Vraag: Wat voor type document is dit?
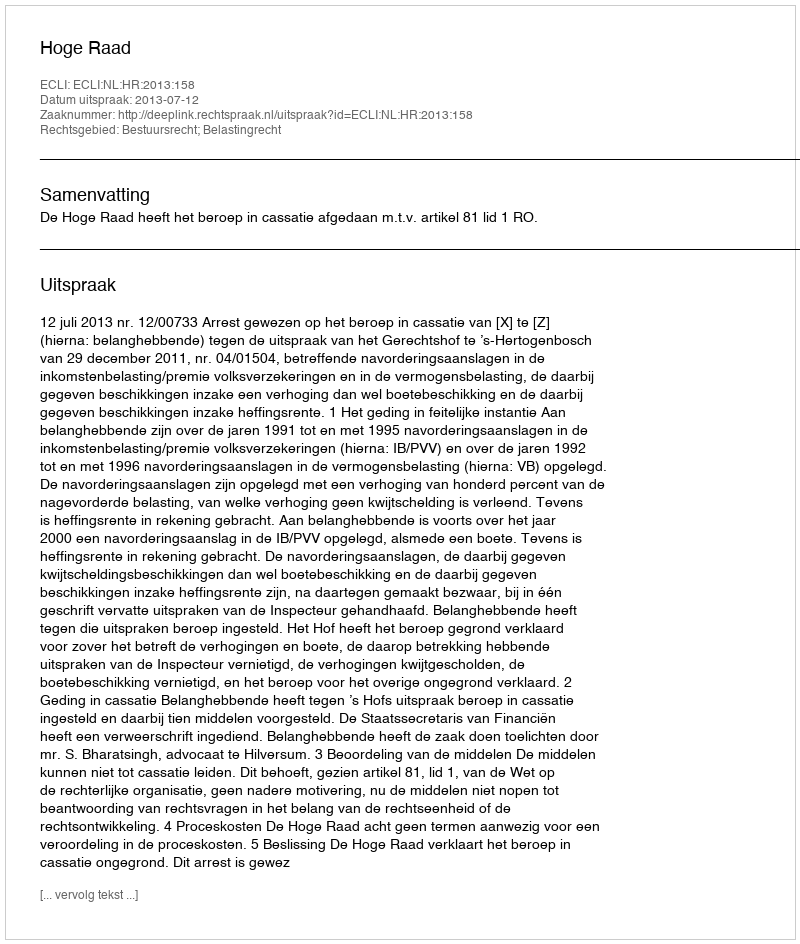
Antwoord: Uitspraak